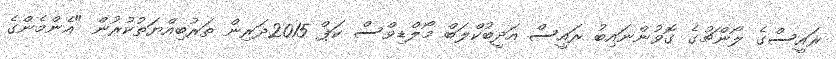
ރައީސްގެ ލޯންޗުގެ ގޮވުންނައިބު ރައީސް އަދީބުކްލަބް މޯލްޑިވްސް ކަޕް 2015ދަރިން ތަރުބިއްޔަތުކުރުން "އެންމެންގެ